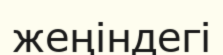
жеңіндегі